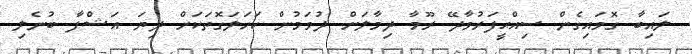
ލައިބާ ގޮވައިގެން ސިއްޙީފަރުވާދޭ ރޫމާ ދިމާލަށް ދުވަމުން ކަހަލަގޮތަކަށް ދިޔަ އަޝްފާ ބުނެލި